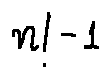
n ! - 1